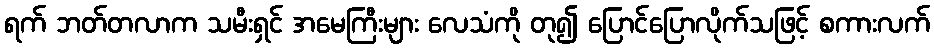
ရက် ဘတ်တလာက သမီးရှင် အမေကြီးများ လေသံကို တု၍ ပြောင်ပြောလိုက်သဖြင့် စကားလက်